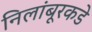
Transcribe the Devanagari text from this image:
निलांबूरकडे